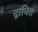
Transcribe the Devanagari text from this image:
द्रावित